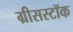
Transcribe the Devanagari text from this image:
ग्रीसस्टॉक